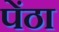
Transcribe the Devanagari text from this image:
पेंठा